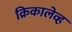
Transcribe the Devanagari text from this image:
क्रिकालेव्ह